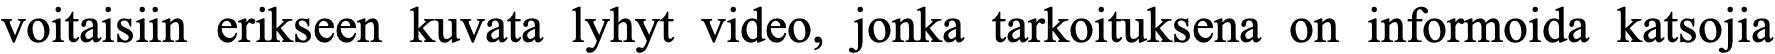
voitaisiin erikseen kuvata lyhyt video, jonka tarkoituksena on informoida katsojia